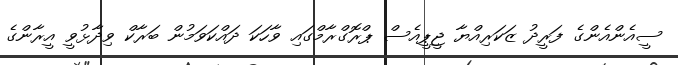
ސީއެންއެންގެ ފަރީދު ޒަކަރިއްޔާ ޖީޕީއެސް ޕްރޮގްރާމްގައި ވާހަކަ ދައްކަވަމުން ބަރާކް ވިދާޅުވީ އީރާންގެ